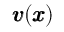
{ \pmb v } ( { \pmb x } )